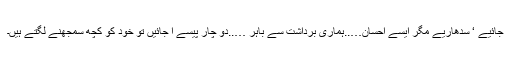
جائیے ‘ سدھاریے مگر ایسے احسان…..ہماری برداشت سے باہر …..دو چار پیسے آ جائیں تو خود کو کچھ سمجھنے لگتے ہیں۔